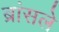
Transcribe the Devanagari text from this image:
ब्रांसले